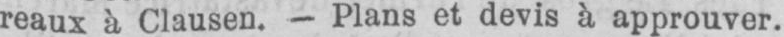
reaux à Clausen. - Plans et devis à approuver.